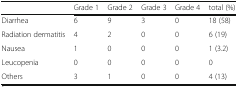
|  | Grade 1 | Grade 2 | Grade 3 | Grade 4 | total (%) |
 | --- | --- | --- | --- | --- | --- |
 | Diarrhea | 6 | 9 | 3 | 0 | 18 (58) |
 | Radiation dermatitis | 4 | 2 | 0 | 0 | 6 (19) |
 | Nausea | 1 | 0 | 0 | 0 | 1 (3.2) |
 | Leucopenia | 0 | 0 | 0 | 0 | 0 |
 | Others | 3 | 1 | 0 | 0 | 4 (13) |